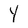
Character: Y